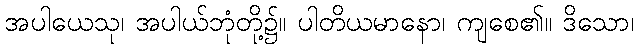
အပါယေသု၊ အပါယ်ဘုံတို့၌။ ပါတိယမာနော၊ ကျစေ၏။ ဒိသော၊